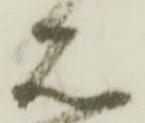
右